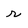
Character: r